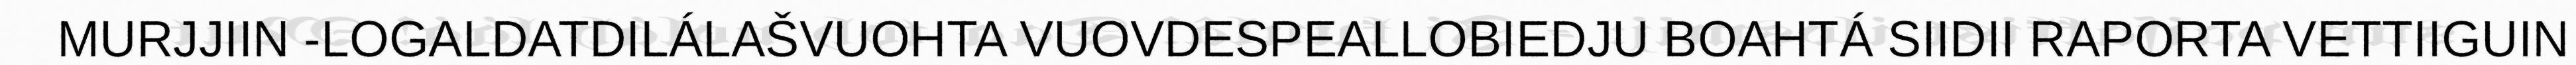
MURJJIIN -LOGALDATDILÁLAŠVUOHTA VUOVDESPEALLOBIEDJU BOAHTÁ SIIDII RAPORTA VETTIIGUIN